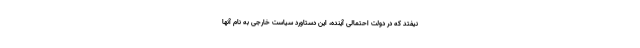
نیفتد که در دولت احتمالی آینده، این دستاورد سیاست خارجی به نام آنها